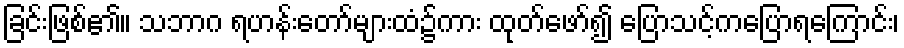
ခြင်းဖြစ်၏။ သဘာဂ ရဟန်းတော်များထံ၌ကား ထုတ်ဖော်၍ ပြောသင့်ကပြောရကြောင်း၊